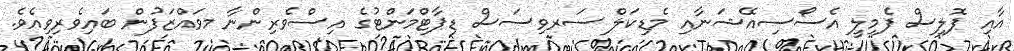
އާއި ޕޮލިސް ފެމިލީ އެސޯސިއޭޝަނާއި މެޑިކަލް ސަރވިސަސް ޑިޕާޓްމަންޓުގެ އިސްވެރިންނާ މވައްޒަފުން ބައިވެރިވިއެވެ.